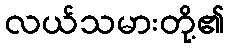
လယ်သမားတို့၏